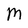
Character: M